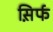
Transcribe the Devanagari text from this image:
स़िर्फ